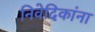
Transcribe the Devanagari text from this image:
निवेदिकांना